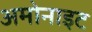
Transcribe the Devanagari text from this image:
अमोनाइट